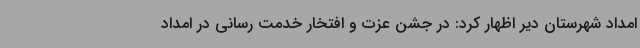
امداد شهرستان دیر اظهار کرد: در جشن عزت و افتخار خدمت رسانی در امداد